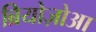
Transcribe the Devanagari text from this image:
ब्रियोज़ोआ